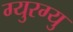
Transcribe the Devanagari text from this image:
ग्युरग्यु